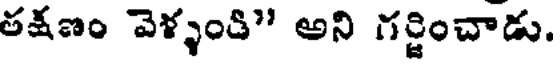
తక్షణం వెళ్ళండి" అని గర్జించాడు.